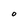
Character: O